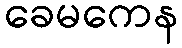
ခေမကေန